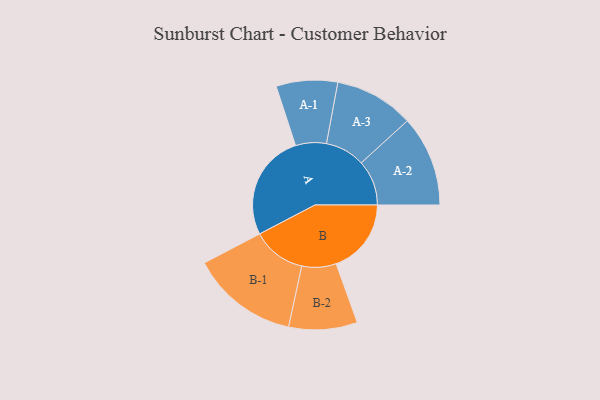
{"axis": {"x": "Segment", "y": "Value"}, "legend": ["", "A", "B"], "data": [{"x": "A", "y": 472, "type": ""}, {"x": "B", "y": 333, "type": ""}, {"x": "A-1", "y": 136, "type": "A"}, {"x": "A-2", "y": 201, "type": "A"}, {"x": "A-3", "y": 176, "type": "A"}, {"x": "B-1", "y": 238, "type": "B"}, {"x": "B-2", "y": 152, "type": "B"}]}